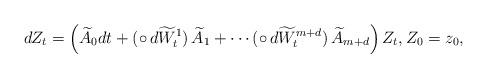
LaTeX: \begin{align*}dZ_t = \left(\widetilde A_0dt + (\circ\,d\widetilde W^1_t)\, \widetilde A_1 + \cdots (\circ\,d\widetilde W^{m+d}_t)\, \widetilde A_{m+d}\right) Z_t, Z_0=z_0,\end{align*}